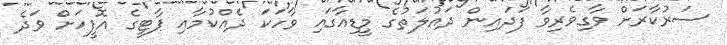
ސަރުކާރަށް ވާގިވެރިވާ ފަދައިން ދައުލަތުގެ މީޑިއާގައި ވާހަކަ ދެއްކުމާއި ޕާޓީގެ އޮފީހަށް ވަދެ